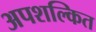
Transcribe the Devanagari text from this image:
अपशल्कित